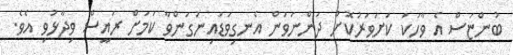
ބުންޏަސް އެ ވާހަކަ ކަށަވަރުކޮށް ދަންނަވަން އެނގިވަޑައިނުގަންވާ ކަމަށް ރައީސް ވިދާޅުވި އެވެ.